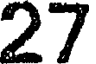
27